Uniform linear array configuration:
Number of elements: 8
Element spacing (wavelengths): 0.25
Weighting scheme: binomial
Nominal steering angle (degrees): -60
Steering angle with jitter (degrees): -59.664
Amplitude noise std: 0.05
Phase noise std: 0.05

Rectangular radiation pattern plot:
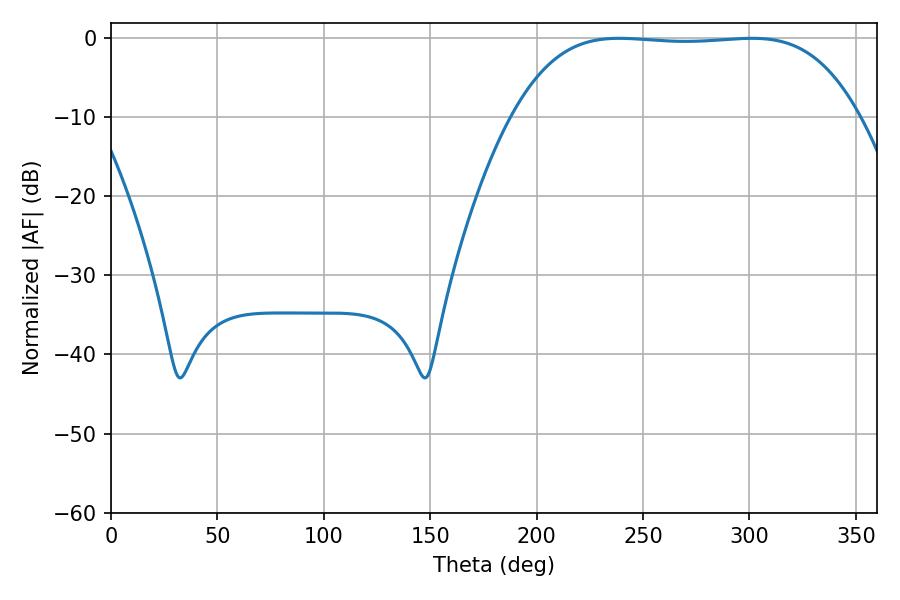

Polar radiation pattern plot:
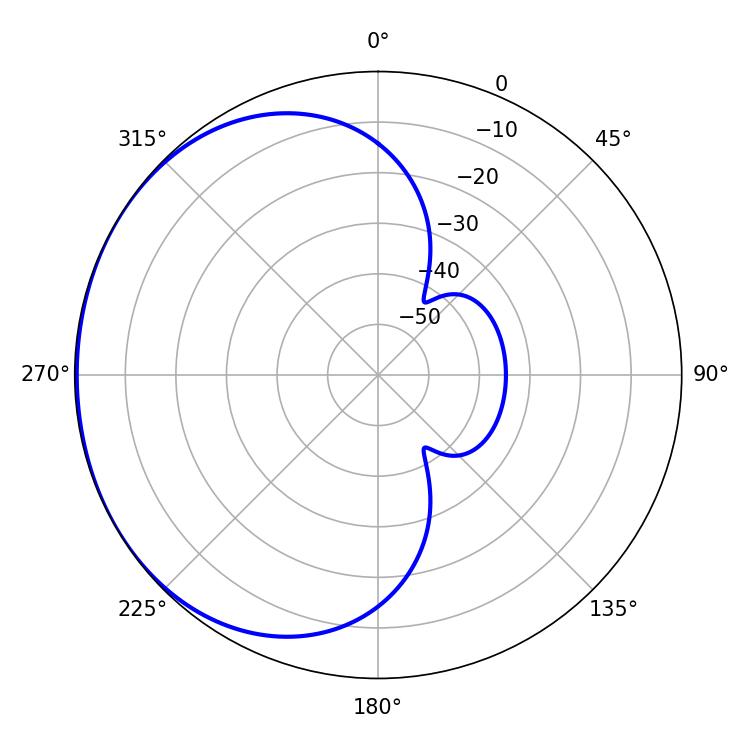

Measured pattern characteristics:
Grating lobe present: FALSE
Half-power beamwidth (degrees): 126
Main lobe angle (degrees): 238.86